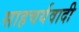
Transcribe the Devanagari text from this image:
साहचर्यवादी